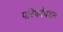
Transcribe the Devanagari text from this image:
परिषदेबद्दल